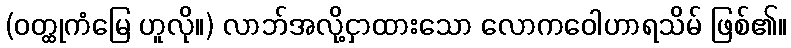
(ဝတ္ထုကံမြေ ဟူလို။) လာဘ်အလို့ငှာထားသော လောကဝေါဟာရသိမ် ဖြစ်၏။